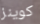
كوينز